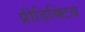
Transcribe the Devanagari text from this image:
प्रीडिक्टिव